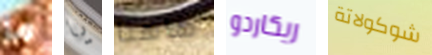
ما يا هاهنا ريكاردو شوكولاتة